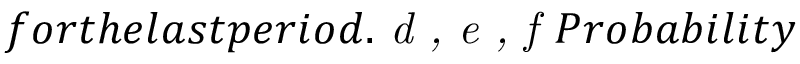
f o r t h e l a s t p e r i o d . \emph { d , e , f } P r o b a b i l i t y